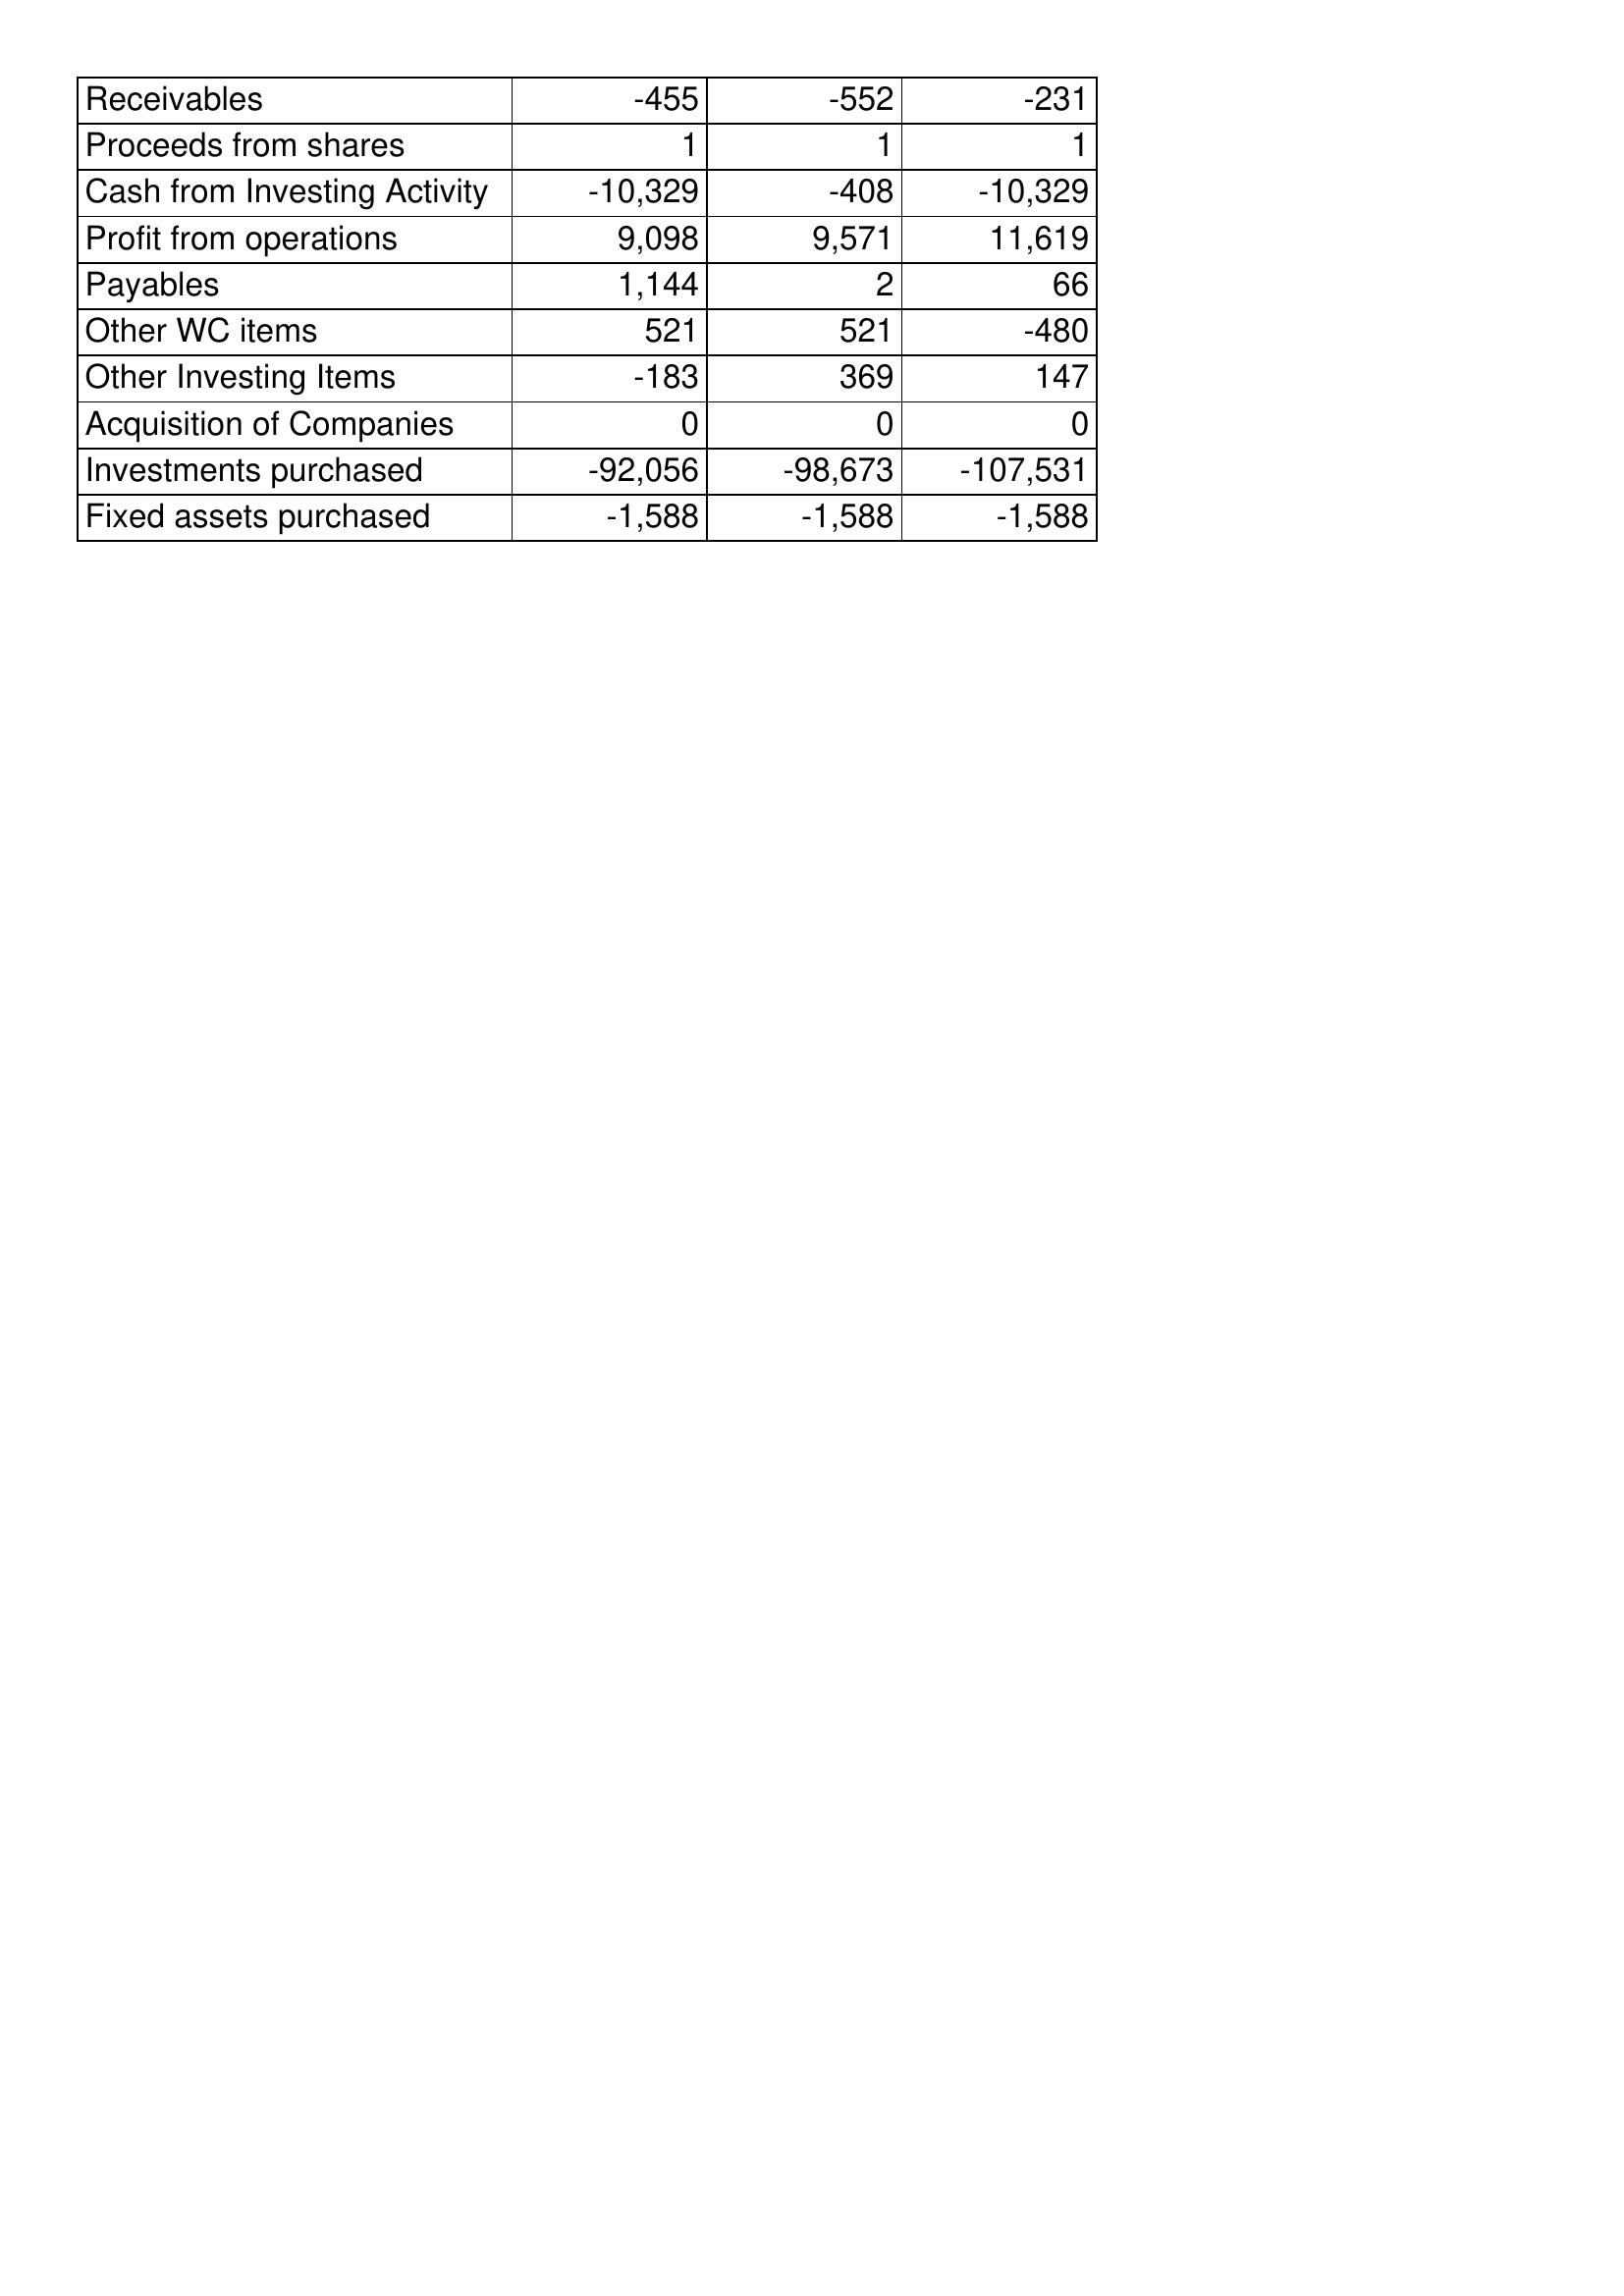
May-17: Cash Flows: Receivables: -455
Proceeds from shares: 1
Cash from Investing Activity: -10,329
Profit from operations: 9,098
Payables: 1,144
Other WC items: 521
Other Investing Items: -183
Acquisition of Companies: 0
Investments purchased: -92,056
Fixed assets purchased: -1,588
May-18: Cash Flows: Receivables: -552
Proceeds from shares: 1
Cash from Investing Activity: -408
Profit from operations: 9,571
Payables: 2
Other WC items: 521
Other Investing Items: 369
Acquisition of Companies: 0
Investments purchased: -98,673
Fixed assets purchased: -1,588
May-19: Cash Flows: Receivables: -231
Proceeds from shares: 1
Cash from Investing Activity: -10,329
Profit from operations: 11,619
Payables: 66
Other WC items: -480
Other Investing Items: 147
Acquisition of Companies: 0
Investments purchased: -107,531
Fixed assets purchased: -1,588